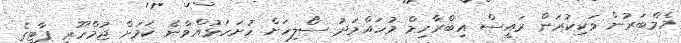
މެމްބަރުން ވަކިކުރަން ރައީސް އިބްރާހިމް މުހައްމަދު ސޯލިހަށް ހުށަހަޅުއްވާނެ ކަމަށް ޖުމްހޫރީ ޕާޓީގެ